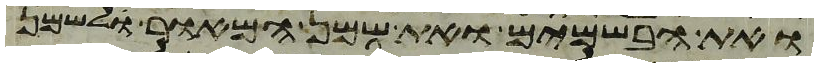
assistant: ואת הבשמים ואת שמן המאור לשמן